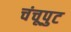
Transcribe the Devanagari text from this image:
चंचूपुट